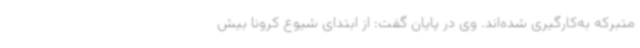
متبرکه به‌کارگیری شده‌اند. وی در پایان گفت: از ابتدای شیوع کرونا بیش